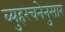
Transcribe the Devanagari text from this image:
व्युहरचनेनुसार